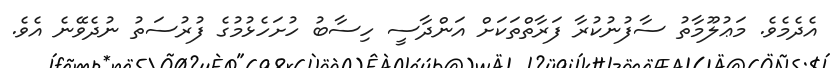
އެދެމެވެ. މަޢުލޫމާތު ސާފުނުކުރާ ފަރާތްތަކަށް އަންދާސީ ހިސާބު ހުށަހެޅުމުގެ ފުރުސަތު ނުދެވޭނެ އެވެ.